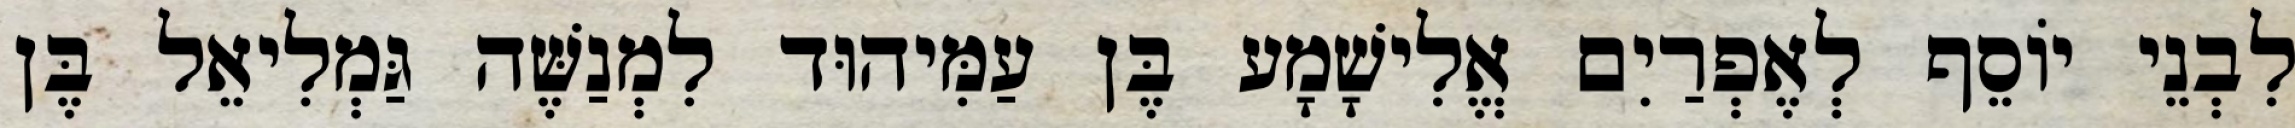
לִבְנֵי יוֹסֵף לְאֶפְרַיִם אֱלִישָׁמָע בֶּן עַמִּיהוּד לִמְנַשֶּׁה גַּמְלִיאֵל בֶּן